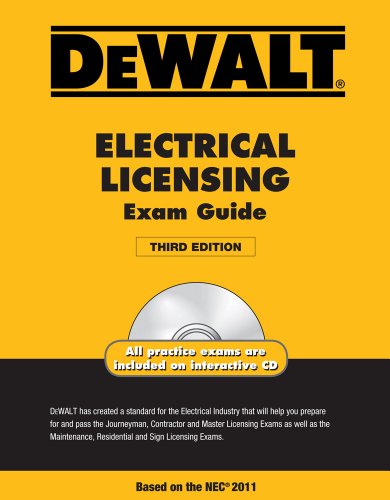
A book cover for DEWALT Electrical Licensing Exam Guide, Based on the NEC 2011 (DEWALT Series); Ray Holder; Test Preparation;